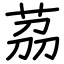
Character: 茘